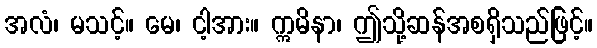
အလံ၊ မသင့်။ မေ၊ ငါ့အား။ ဣမိနာ၊ ဤသို့ဆန်အစရှိသည်ဖြင့်။